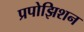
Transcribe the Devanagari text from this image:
प्रपोझिशन